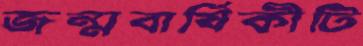
জন্মবার্ষিকীটি